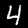
Label: 4